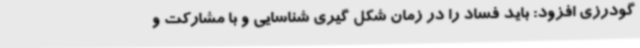
گودرزی افزود: باید فساد را در زمان شکل گیری شناسایی و با مشارکت و